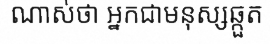
ណាស់ថា អ្នកជាមនុស្សឆ្កួត